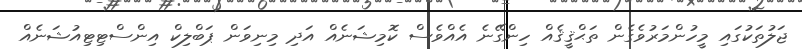
ޖަލުތަކުގައި މީހުންމަރުވެގެން ތަޙްޤީޤެއް ހިންގޭނެ އެއްވެސް ކޮމިޝަނެއް އަދި މިނިވަން ޕަބްލިކް އިންސްޓިޓިއުޝަނެއް